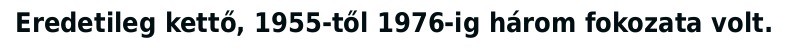
Eredetileg kettő, 1955-től 1976-ig három fokozata volt.